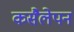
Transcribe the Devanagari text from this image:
कसैलेपन